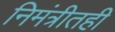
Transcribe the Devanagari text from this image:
निमंत्रीतही